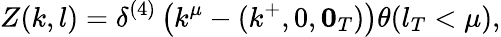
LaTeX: Z(k,l)=\delta^{(4)}\left(k^{\mu}-(k^{+},0,{\mathbf 0}_{T})\right)\theta(l_{T}<\mu),